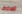
تصادف